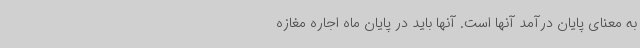
به معنای پایان درآمد آنها است. آنها باید در پایان ماه اجاره مغازه